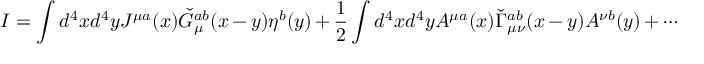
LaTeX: I = \int d ^ { 4 } x d ^ { 4 } y J ^ { \mu a } ( x ) \check { G } _ { \mu } ^ { a b } ( x - y ) \eta ^ { b } ( y ) + \frac 1 2 \int d ^ { 4 } x d ^ { 4 } y A ^ { \mu a } ( x ) \check { \Gamma } _ { \mu \nu } ^ { a b } ( x - y ) A ^ { \nu b } ( y ) + \cdots